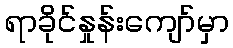
ရာခိုင်နှုန်းကျော်မှာ